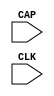
// This program was cloned from: https://github.com/jhshi/openofdm
// License: Apache License 2.0

///////////////////////////////////////////////////////////////////////////////
// Copyright (c) 1995/2004 Xilinx, Inc.
// All Right Reserved.
///////////////////////////////////////////////////////////////////////////////
//   ____  ____
//  /   /\/   /
// /___/  \  /    Vendor : Xilinx
// \   \   \/     Version : 10.1
//  \   \         Description : Xilinx Functional Simulation Library Component
//  /   /                  Register State Capture for Bitstream Readback for SPARTAN3A
// /___/   /\     Filename : CAPTURE_SPARTAN3A.v
// \   \  /  \    Timestamp : Fri Jul  1 14:45:00 PDT 2005
//  \___\/\___\
//
// Revision:
//    07/01/05 - Initial version.
// End Revision

`timescale  1 ps / 1 ps


module CAPTURE_SPARTAN3A (CAP, CLK);

    input  CAP, CLK;
    
    parameter ONESHOT = "TRUE";

endmodule